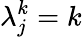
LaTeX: \lambda_{j}^{k}=k